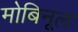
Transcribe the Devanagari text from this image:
मोबिनूल